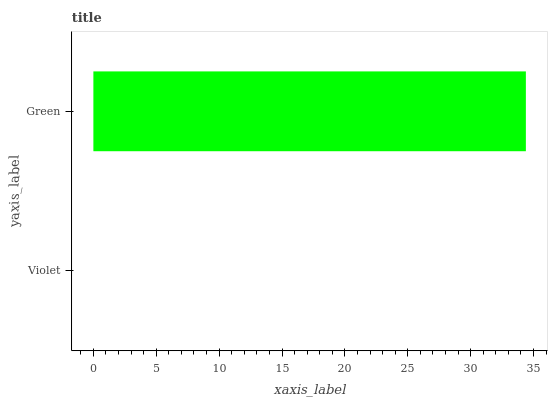
| yaxis_label | bars |
 | --- | --- |
 | Violet | 0 |
 | Green | 34.4 |